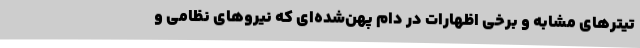
تیترهای مشابه و برخی اظهارات در دام پهن‌شده‌ای که نیروهای نظامی و